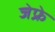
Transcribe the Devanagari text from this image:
जेफ्रे